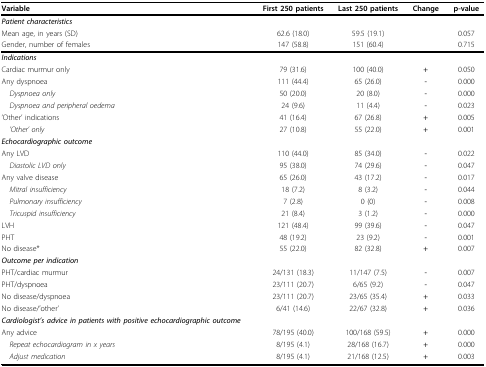
<table><thead><tr><td colspan="2"><b>Variable</b></td><td><b>First 250 patients</b></td><td><b>Last 250 patients</b></td><td><b>Change</b></td><td><b>p-value</b></td></tr></thead><tbody><tr><td colspan="2"><b><i>Patient characteristics</i></b></td><td></td><td></td><td></td><td></td></tr><tr><td colspan="2">Mean age, in years (SD)</td><td>62.6 (18.0)</td><td>59.5 (19.1)</td><td></td><td>0.057</td></tr><tr><td colspan="2">Gender, number of females</td><td>147 (58.8)</td><td>151 (60.4)</td><td></td><td>0.715</td></tr><tr><td colspan="2"><b><i>Indications</i></b></td><td></td><td></td><td></td><td></td></tr><tr><td colspan="2">Cardiac murmur only</td><td>79 (31.6)</td><td>100 (40.0)</td><td><b>+</b></td><td>0.050</td></tr><tr><td colspan="2">Any dyspnoea</td><td>111 (44.4)</td><td>65 (26.0)</td><td><b>-</b></td><td>0.000</td></tr><tr><td colspan="2"> <i>Dyspnoea only</i></td><td>50 (20.0)</td><td>20 (8.0)</td><td><b>-</b></td><td>0.000</td></tr><tr><td colspan="2"> <i>Dyspnoea and peripheral oedema</i></td><td>24 (9.6)</td><td>11 (4.4)</td><td><b>-</b></td><td>0.023</td></tr><tr><td colspan="2">&#x27;Other&#x27; indications</td><td>41 (16.4)</td><td>67 (26.8)</td><td><b>+</b></td><td>0.005</td></tr><tr><td colspan="2"> <i>&#x27;Other&#x27; only</i></td><td>27 (10.8)</td><td>55 (22.0)</td><td><b>+</b></td><td>0.001</td></tr><tr><td colspan="2"><b><i>Echocardiographic outcome</i></b></td><td></td><td></td><td></td><td></td></tr><tr><td colspan="2">Any LVD</td><td>110 (44.0)</td><td>85 (34.0)</td><td><b>-</b></td><td>0.022</td></tr><tr><td colspan="2"> <i>Diastolic LVD only</i></td><td>95 (38.0)</td><td>74 (29.6)</td><td><b>-</b></td><td>0.047</td></tr><tr><td colspan="2">Any valve disease</td><td>65 (26.0)</td><td>43 (17.2)</td><td><b>-</b></td><td>0.017</td></tr><tr><td colspan="2"> <i>Mitral insufficiency</i></td><td>18 (7.2)</td><td>8 (3.2)</td><td><b>-</b></td><td>0.044</td></tr><tr><td colspan="2"> <i>Pulmonary insufficiency</i></td><td>7 (2.8)</td><td>0 (0)</td><td><b>-</b></td><td>0.008</td></tr><tr><td colspan="2"> <i>Tricuspid insufficiency</i></td><td>21 (8.4)</td><td>3 (1.2)</td><td><b>-</b></td><td>0.000</td></tr><tr><td colspan="2">LVH</td><td>121 (48.4)</td><td>99 (39.6)</td><td><b>-</b></td><td>0.047</td></tr><tr><td colspan="2">PHT</td><td>48 (19.2)</td><td>23 (9.2)</td><td><b>-</b></td><td>0.001</td></tr><tr><td colspan="2">No disease*</td><td>55 (22.0)</td><td>82 (32.8)</td><td><b>+</b></td><td>0.007</td></tr><tr><td colspan="2"><b><i>Outcome per indication</i></b></td><td></td><td></td><td></td><td></td></tr><tr><td colspan="2">PHT/cardiac murmur</td><td>24/131 (18.3)</td><td>11/147 (7.5)</td><td><b>-</b></td><td>0.007</td></tr><tr><td colspan="2">PHT/dyspnoea</td><td>23/111 (20.7)</td><td>6/65 (9.2)</td><td><b>-</b></td><td>0.047</td></tr><tr><td colspan="2">No disease/dyspnoea</td><td>23/111 (20.7)</td><td>23/65 (35.4)</td><td><b>+</b></td><td>0.033</td></tr><tr><td colspan="2">No disease/&#x27;other&#x27;</td><td>6/41 (14.6)</td><td>22/67 (32.8)</td><td><b>+</b></td><td>0.036</td></tr><tr><td colspan="2"><b><i>Cardiologist&#x27;s advice in patients with positive echocardiographic outcome</i></b></td><td></td><td></td><td></td><td></td></tr><tr><td colspan="2">Any advice</td><td>78/195 (40.0)</td><td>100/168 (59.5)</td><td><b>+</b></td><td>0.000</td></tr><tr><td colspan="2"> <i>Repeat echocardiogram in x years</i></td><td>8/195 (4.1)</td><td>28/168 (16.7)</td><td><b>+</b></td><td>0.000</td></tr><tr><td colspan="2"> <i>Adjust medication</i></td><td>8/195 (4.1)</td><td>21/168 (12.5)</td><td><b>+</b></td><td>0.003</td></tr></tbody></table>